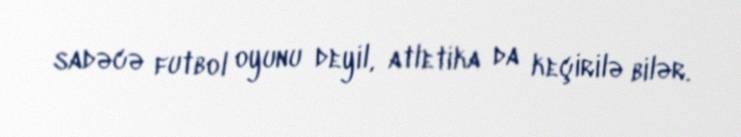
sadəcə futbol oyunu deyil, atletika da keçirilə bilər.